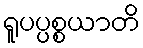
ရူပပ္ပစ္စယာတိ